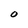
Character: O